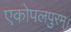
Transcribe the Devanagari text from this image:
एकोपलपुरम्।